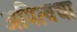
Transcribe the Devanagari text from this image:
अपित्वचा